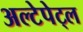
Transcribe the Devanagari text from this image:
अल्टेपेट्ल